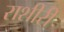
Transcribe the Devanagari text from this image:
राशीरी